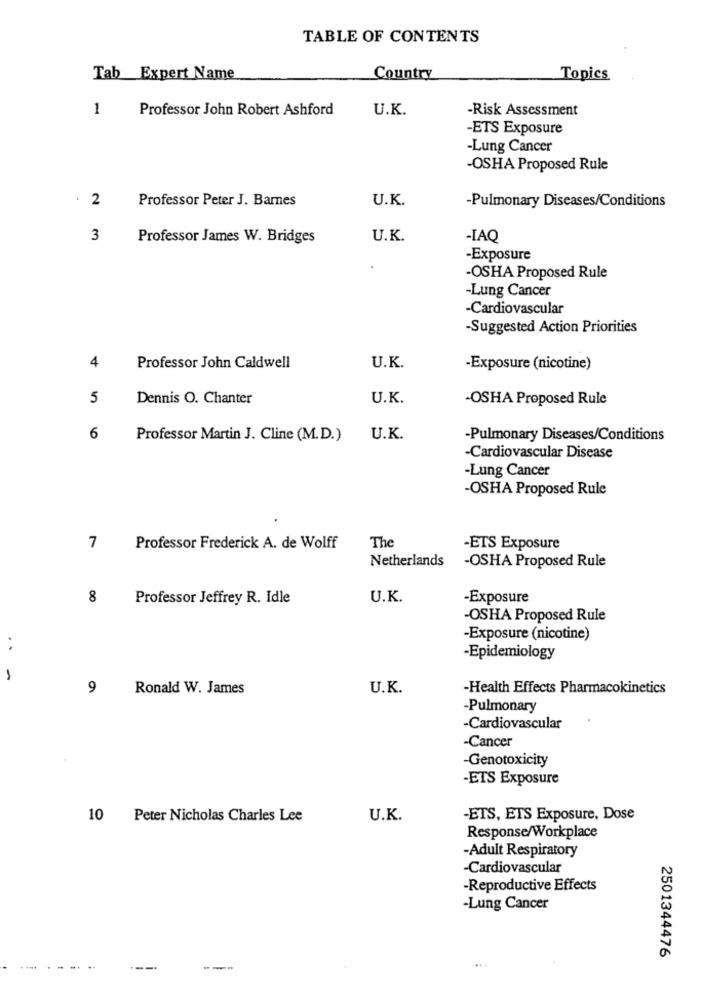
TABLE OF CONTENTS
Tab Expert Name
Country
Topics
1
Professor John Robert Ashford
U.K.
-Risk Assessment
-ETS Exposure
-Lung Cancer
-OSHA Proposed Rule
2
Professor Peter J. Barnes
U.K.
-Pulmonary Diseases/Conditions
3
Professor James W. Bridges
U.K.
-IAQ
-Exposure
-OSHA Proposed Rule
-Lung Cancer
-Cardiovascular
-Suggested Action Priorities
4
Professor John Caldwell
U.K.
-Exposure (nicotine)
5
Dennis O. Chanter
U.K.
-OSHA Proposed Rule
6
Professor Martin J. Cline (M.D.)
U.K.
-Pulmonary Diseases/Conditions
-Cardiovascular Disease
-Lung Cancer
-OSHA Proposed Rule
The
7
Professor Frederick A. de Wolff
-ETS Exposure
Netherlands
-OSHA Proposed Rule
8
Professor Jeffrey R. Idle
U.K.
-Exposure
-OSHA Proposed Rule
-Exposure (nicotine)
..
-Epidemiology
9
Ronald W. James
U.K.
-Health Effects Pharmacokinetics
-Pulmonary
-Cardiovascular
-Cancer
Genotoxicity
-ETS Exposure
10 Peter Nicholas Charles Lee
U.K.
-ETS, ETS Exposure, Dose
Response/Workplace
-Adult Respiratory
-Cardiovascular
-Reproductive Effects
-Lung Cancer
2501344476
.... . .